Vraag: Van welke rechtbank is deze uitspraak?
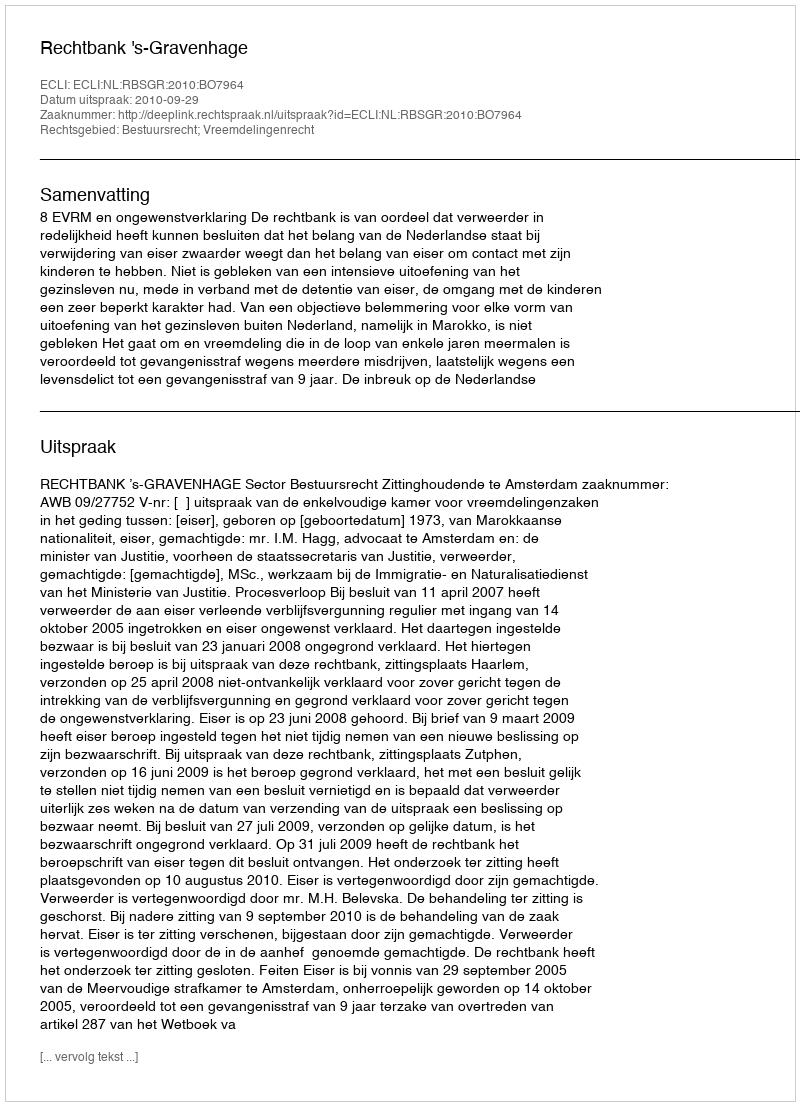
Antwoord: Rechtbank 's-Gravenhage